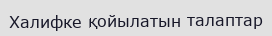
Халифке қойылатын талаптар